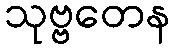
သုဗ္ဗတေန